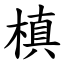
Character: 槙